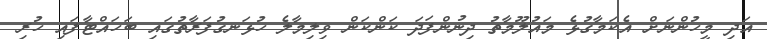
އަދި މީހުންނަށް އެކަމާގުޅެ މައުލޫމާތު ދިނުންފަދަ ކަންކަން ވިލިމާލެ ހުޅަނގުފަރާތުގައި ބަހައްޓާފައި ހުރި